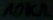
Text: 10kΩ